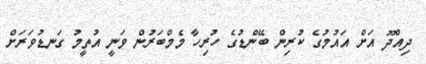
ދިއްދޫ އަށް އައުމުގެ ކުރިން ބޭންޑުގެ ހުރިހާ މެމްބަރުން ވަނީ އުތީމު ގަނޑުވަރަށް